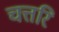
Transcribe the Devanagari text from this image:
चत्तरि